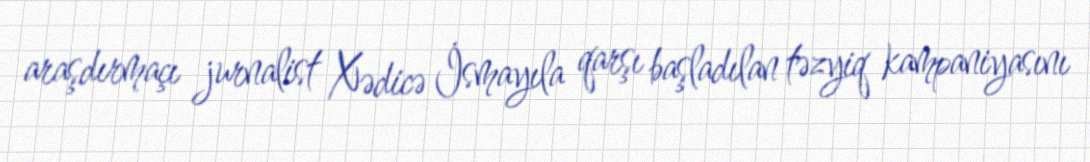
araşdırmaçı jurnalist Xədicə İsmayıla qarşı başladılan təzyiq kampaniyasını